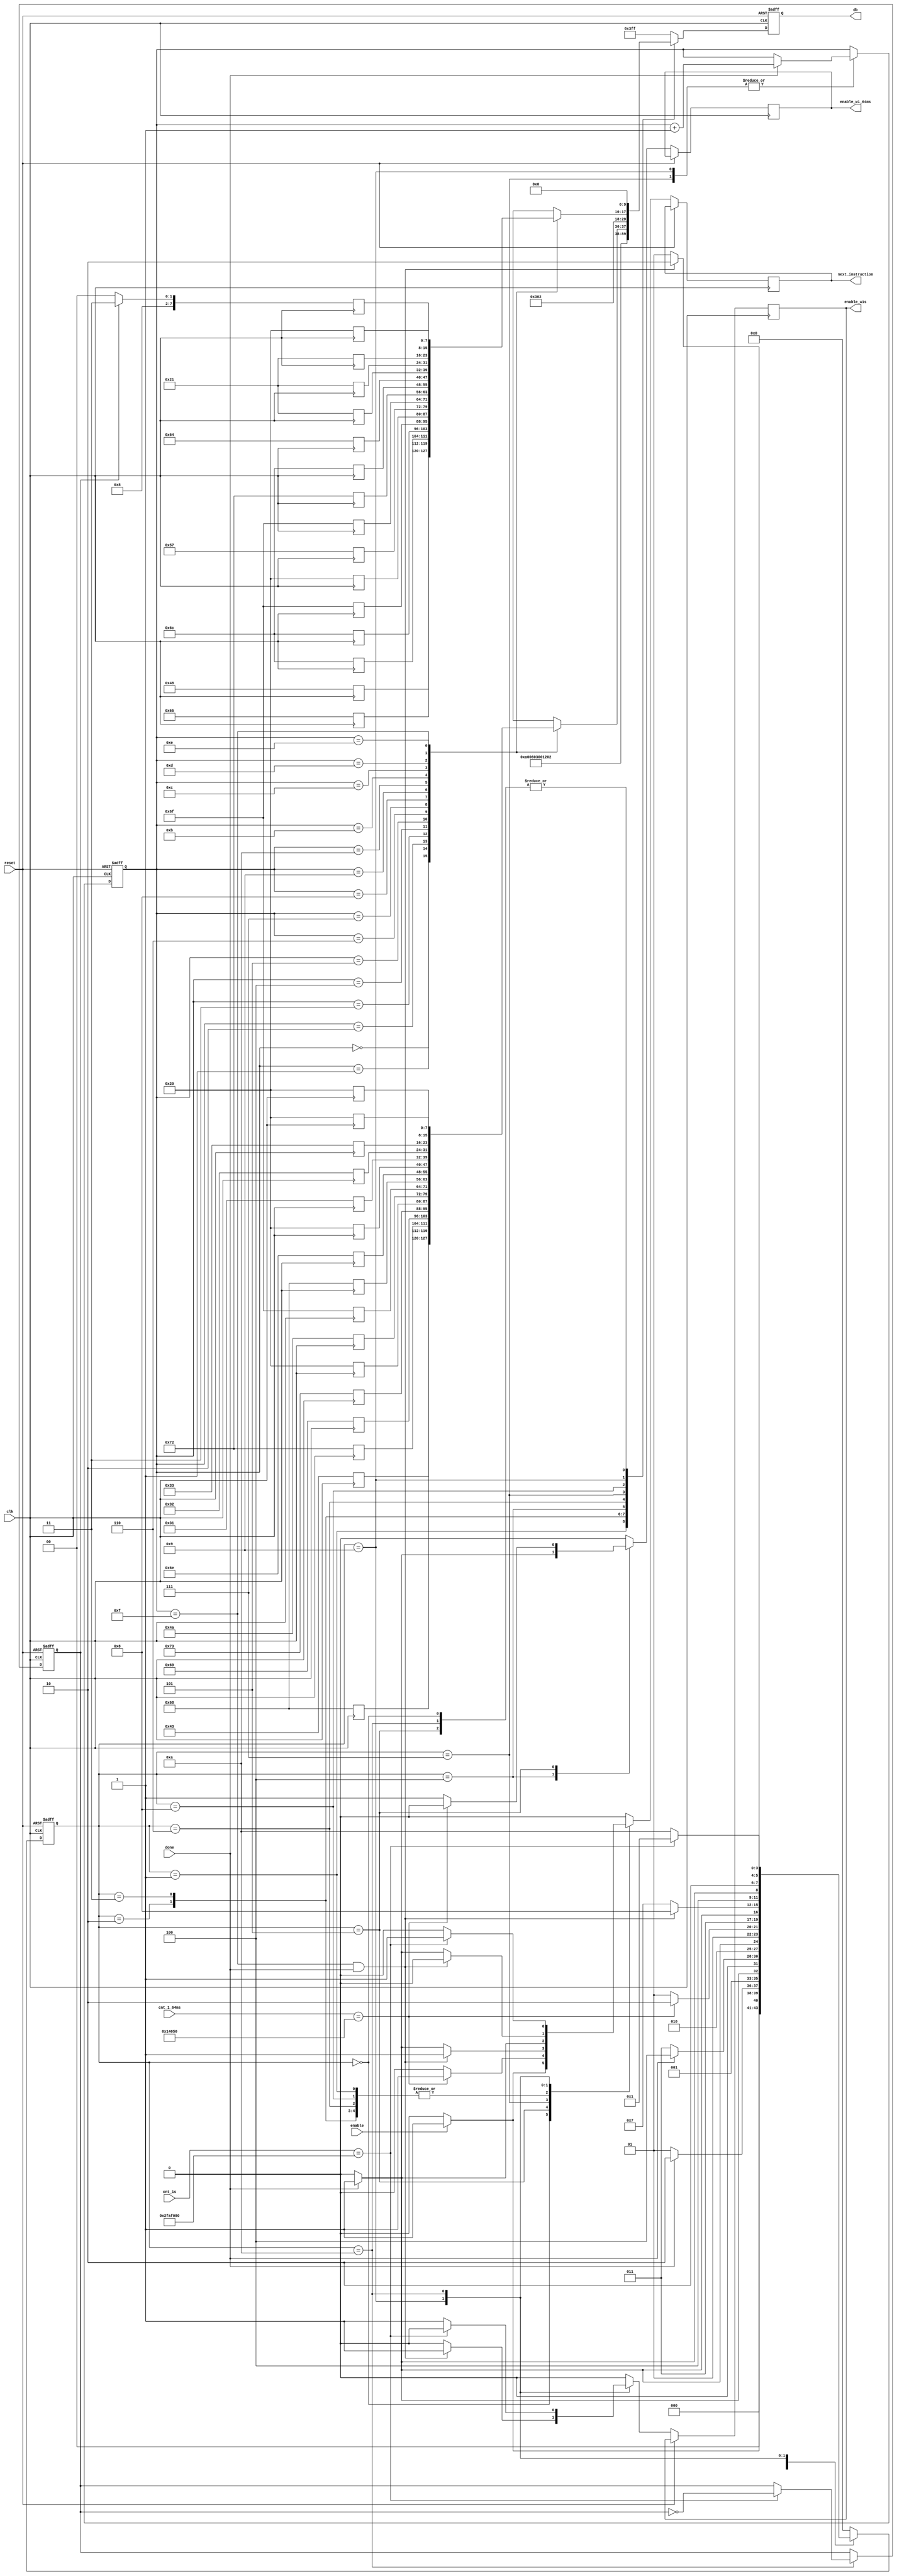
module Configure_FSM (clk, reset, enable, done, cnt_1s, cnt_1_64ms, next_instruction, db, enable_w1s, enable_w1_64ms);
input wire clk, reset;
input wire enable, done;
input wire [25:0]cnt_1s;
input wire [16:0]cnt_1_64ms;

output reg next_instruction;
output reg [9:0]db;
output reg enable_w1s, enable_w1_64ms;
//===============================================================================================
//-------------------------------------Define the States-----------------------------------------
//===============================================================================================
parameter IDLE                          = 4'b0;
parameter FUNCTION_SET 					= 4'd1;
parameter ENTRY_MODE_SET 				= 4'd2;
parameter DISPLAY_ON_OFF 				= 4'd3;
parameter CLEAR_DISPLAY                 = 4'd4;
parameter WAIT_1_64MS                   = 4'd5;
parameter SET_DDRAM_ADDRESS_1 			= 4'd6;
parameter WRITE_DATA_TO_DDRAM_1 	    = 4'd7;
parameter SET_DDRAM_ADDRESS_2			= 4'd8;
parameter WRITE_DATA_TO_DDRAM_2 	    = 4'd9;
parameter WAIT_1SEC                     = 4'd10;
//===============================================================================================
//--------------------------------------Configure FSM--------------------------------------------
//===============================================================================================
wire [3:0]state;
reg [3:0]next_state;
reg [3:0]counter;
reg cursor_flag;
reg [7:0]line_1 [15:0];
reg [7:0]line_2 [15:0];

always @ (posedge clk) begin
    line_1[0] <= 8'b0100_0011;      // 'C'
    line_1[1] <= 8'b0110_1000;      // 'h'
    line_1[2] <= 8'b0111_0010;      // 'r'
    line_1[3] <= 8'b0110_1001;      // 'i'
    line_1[4] <= 8'b0111_0011;      // 's'
    line_1[5] <= 8'b0010_0000;      // ' '
    line_1[6] <= 8'b0100_1010;      // 'J'
    line_1[7] <= 8'b0110_1111;      // 'o'
    line_1[8] <= 8'b0110_1000;      // 'h'
    line_1[9] <= 8'b0110_1110;      // 'n'
    line_1[10] <= 8'b0010_0000;     // ' '
    line_1[11] <= 8'b0011_0001;     // '1'
    line_1[12] <= 8'b0011_0010;     // '2'
    line_1[13] <= 8'b0011_0011;     // '3'
    line_1[14] <= 8'b0010_0000;     // ' '
    line_1[15] <= 8'b0010_0000;     // ' '

    line_2[0] <= 8'b0100_1000;      // 'H'
    line_2[1] <= 8'b0110_0101;      // 'e'
    line_2[2] <= 8'b0110_1100;      // 'l'
    line_2[3] <= 8'b0110_1100;      // 'l'
    line_2[4] <= 8'b0110_1111;      // 'o'
    line_2[5] <= 8'b0010_0000;      // ' '
    line_2[6] <= 8'b0101_0111;      // 'W'
    line_2[7] <= 8'b0110_1111;      // 'o'
    line_2[8] <= 8'b0111_0010;      // 'r'
    line_2[9] <= 8'b0110_1100;      // 'l'
    line_2[10] <= 8'b0110_0100;     // 'd'
    line_2[11] <= 8'b0010_0001;     // '!'
    line_2[12] <= 8'b0010_0001;     // '!'
    line_2[13] <= 8'b0010_0001;     // '!'
    if (cursor_flag == 1) begin
        line_2[14] <= 8'b0010_0011; // CURSOR
    end
    else begin
        line_2[14] <= 8'b0010_0000; // ' '   No CURSOR
    end
    line_2[15] <= 8'b0010_0000;     // ' '
end

assign state = next_state;

//State Transition
always @ (posedge clk or posedge reset) begin
    if (reset == 1'b1) begin
        next_state <= IDLE;
        cursor_flag <= 1'b1;
    end
    else begin
        case (state)
            IDLE: begin
                if (enable == 1'b1) begin
                    next_state <= FUNCTION_SET;
                    next_instruction <= 1'b1;
                    enable_w1s <= 1'b0;
                    enable_w1_64ms <= 1'b0;
                end
                else begin
                    next_state <= IDLE;
                    next_instruction <= 1'b0;
                    enable_w1s <= 1'b0;
                    enable_w1_64ms <= 1'b0;
                end
            end
            FUNCTION_SET: begin
                if (done == 1'b1) begin
                    next_state <= ENTRY_MODE_SET;
                    next_instruction <= 1'b1;
                    enable_w1s <= 1'b0;
                    enable_w1_64ms <= 1'b0;
                end
                else begin
                    next_state <= FUNCTION_SET;
                    next_instruction <= 1'b0;
                    enable_w1s <= 1'b0;
                    enable_w1_64ms <= 1'b0;
                end
            end
            ENTRY_MODE_SET: begin
                if (done == 1'b1) begin
                    next_state <= DISPLAY_ON_OFF;
                    next_instruction <= 1'b1;
                    enable_w1s <= 1'b0;
                    enable_w1_64ms <= 1'b0;
                end
                else begin
                    next_state <= ENTRY_MODE_SET;
                    next_instruction <= 1'b0;
                    enable_w1s <= 1'b0;
                    enable_w1_64ms <= 1'b0;
                end
            end
            DISPLAY_ON_OFF: begin
                if (done == 1'b1) begin
                    next_state <= CLEAR_DISPLAY;
                    next_instruction <= 1'b1;
                    enable_w1s <= 1'b0;
                    enable_w1_64ms <= 1'b0;
                end
                else begin
                    next_state <= DISPLAY_ON_OFF;
                    next_instruction <= 1'b0;
                    enable_w1s <= 1'b0;
                    enable_w1_64ms <= 1'b0;
                end
            end
            CLEAR_DISPLAY: begin
                if (done == 1'b1) begin
                    next_state <= WAIT_1_64MS;
                    next_instruction <= 1'b0;
                    enable_w1s <= 1'b0;
                    enable_w1_64ms <= 1'b1;
                end
                else begin
                    next_state <= CLEAR_DISPLAY;
                    next_instruction <= 1'b0;
                    enable_w1s <= 1'b0;
                    enable_w1_64ms <= 1'b0;
                end
            end
            WAIT_1_64MS: begin
                if (cnt_1_64ms == 17'd82000) begin
                    next_state <= SET_DDRAM_ADDRESS_1;
                    next_instruction <= 1'b1;
                    enable_w1s <= 1'b0;
                    enable_w1_64ms <= 1'b0;
                end
                else begin
                    next_state <= WAIT_1_64MS;
                    next_instruction <= 1'b0;
                    enable_w1s <= 1'b0;
                    enable_w1_64ms <= 1'b1;
                end
            end
            SET_DDRAM_ADDRESS_1: begin
                if (done == 1'b1) begin
                    next_state <= WRITE_DATA_TO_DDRAM_1;
                    next_instruction <= 1'b1;
                    enable_w1s <= 1'b0;
                    enable_w1_64ms <= 1'b0;
                end
                else begin
                    next_state <= SET_DDRAM_ADDRESS_1;
                    next_instruction <= 1'b0;
                    enable_w1s <= 1'b0;
                    enable_w1_64ms <= 1'b0;
                end
            end
            WRITE_DATA_TO_DDRAM_1: begin
                if (counter == 4'd15 && done == 1'b1) begin
                    next_state <= SET_DDRAM_ADDRESS_2;
                    next_instruction <= 1'b1;
                    enable_w1s <= 1'b0;
                    enable_w1_64ms <= 1'b0;
                end
                else begin
                    if (done == 1'b1) begin
                        next_state <= WRITE_DATA_TO_DDRAM_1;
                        next_instruction <= 1'b1;
                        enable_w1s <= 1'b0;
                        enable_w1_64ms <= 1'b0;
                    end
                    else begin
                        next_state <= WRITE_DATA_TO_DDRAM_1;
                        next_instruction <= 1'b0;
                        enable_w1s <= 1'b0;
                        enable_w1_64ms <= 1'b0;
                    end
                end
            end
            SET_DDRAM_ADDRESS_2: begin
                if (done == 1'b1) begin
                    next_state <= WRITE_DATA_TO_DDRAM_2;
                    next_instruction <= 1'b1;
                    enable_w1s <= 1'b0;
                    enable_w1_64ms <= 1'b0;
                end
                else begin
                    next_state <= SET_DDRAM_ADDRESS_2;
                    next_instruction <= 1'b0;
                    enable_w1s <= 1'b0;
                    enable_w1_64ms <= 1'b0;
                end
            end
            WRITE_DATA_TO_DDRAM_2: begin
                if (counter == 4'd15 && done == 1'b1) begin
                    next_state <= WAIT_1SEC;
                    next_instruction <= 1'b0;
                    enable_w1s <= 1'b1;
                    enable_w1_64ms <= 1'b0;
                end
                else begin
                    if (done == 1'b1) begin
                        next_state <= WRITE_DATA_TO_DDRAM_2;
                        next_instruction <= 1'b1;
                        enable_w1s <= 1'b0;
                        enable_w1_64ms <= 1'b0;
                    end
                    else begin
                        next_state <= WRITE_DATA_TO_DDRAM_2;
                        next_instruction <= 1'b0;
                        enable_w1s <= 1'b0;
                        enable_w1_64ms <= 1'b0;
                    end
                end
            end
            WAIT_1SEC: begin
                if (cnt_1s == 26'd50000000) begin
                    next_state <= FUNCTION_SET;
                    cursor_flag <= ~cursor_flag;
                    next_instruction <= 1'b1;
                    enable_w1s <= 1'b0;
                    enable_w1_64ms <= 1'b0;
                end
                else begin
                    next_state <= WAIT_1SEC;
                    next_instruction <= 1'b0;
                    enable_w1s <= 1'b1;
                    enable_w1_64ms <= 1'b0;
                end
            end
            default: begin
                next_state <= IDLE;
                next_instruction <= 1'b0;
                enable_w1s <= 1'b0;
                enable_w1_64ms <= 1'b0;
            end
        endcase
    end
end

//Signals
always @ (posedge clk or posedge reset) begin
    if (reset == 1'b1) begin
        db <= 10'b00_0000_0000;
        counter <= 4'b0;
    end
    else begin
        case (state)
        IDLE: begin
            db <= 10'b00_0000_0000;
        end
        FUNCTION_SET: begin
            db <= 10'b00_0010_1000;
        end
        ENTRY_MODE_SET: begin
            db <= 10'b00_0000_0110;
        end
        DISPLAY_ON_OFF: begin
            //db <= 10'b00_0000_1DCB    //D:display on/off, C: cursor, B: blinking
            db <= 10'b00_0000_1100;
        end
        CLEAR_DISPLAY: begin
            db <= 10'b00_0000_0001;
        end
        WAIT_1_64MS: begin
            db <= 10'b00_0000_0000;
        end
        SET_DDRAM_ADDRESS_1: begin
            db <= 10'b00_1000_0000;
        end
        WRITE_DATA_TO_DDRAM_1: begin
            db <= {2'b10, line_1[counter]};
            if (done == 1) begin
                counter <= counter + 1;
            end
        end
        SET_DDRAM_ADDRESS_2: begin
            db <= 10'b00_1100_0000;
        end
        WRITE_DATA_TO_DDRAM_2: begin
            db <= {2'b10, line_2[counter]};
            if (done == 1) begin
                counter <= counter + 1;
            end
        end
        WAIT_1SEC: begin
            db <= 10'b00_0000_0000;
        end
        default: begin
            db <= 10'b11_1111_1111;
        end
        endcase
    end
end

endmodule